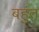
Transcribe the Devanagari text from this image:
बहुंत